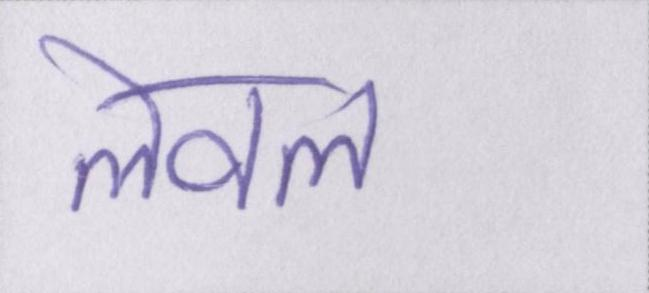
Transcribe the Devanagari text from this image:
लेवल